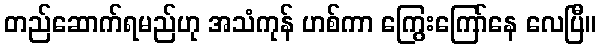
တည်ဆောက်ရမည်ဟု အသံကုန် ဟစ်ကာ ကြွေးကြော်နေ လေပြီ။